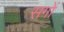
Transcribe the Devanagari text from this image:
सगों